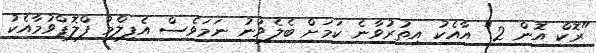
"ރޮކް އޮން 2" އާއެކު އިތުރުވާނެ ކަމަށް ބެލެވުނު ނަމަވެސް އެފިލްމު ފްލޮޕްވުމާއެކު